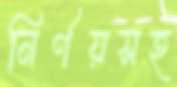
নির্ণয়সহ